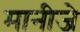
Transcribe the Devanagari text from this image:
मानीजे